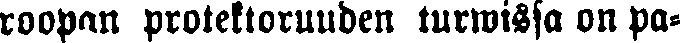
roopan protektoruuden turwissa on pa-